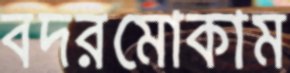
বদরমোকাম